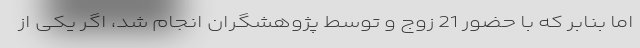
اما بنابر که با حضور 21 زوج و توسط پژوهشگران انجام شد، اگر یکی از